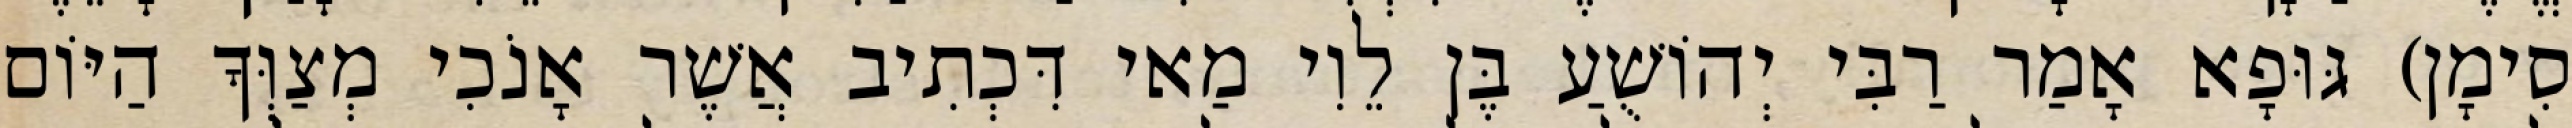
סִימָן) גּוּפָא אָמַר רַבִּי יְהוֹשֻׁעַ בֶּן לֵוִי מַאי דִּכְתִיב אֲשֶׁר אָנֹכִי מְצַוְּךָ הַיּוֹם